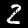
Digit: 2